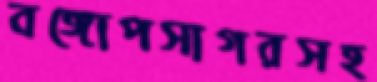
বঙ্গোপসাগরসহ